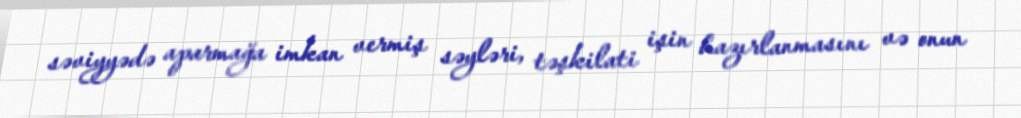
səviyyədə aparmağa imkan vermiş səyləri, təşkilati işin hazırlanmasını və onun